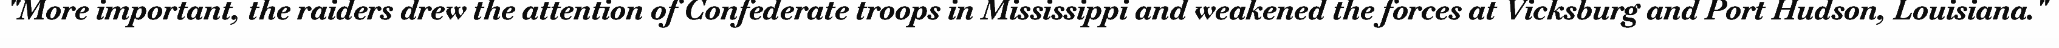
"More important, the raiders drew the attention of Confederate troops in Mississippi and weakened the forces at Vicksburg and Port Hudson, Louisiana."